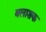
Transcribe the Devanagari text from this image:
बलाशक